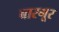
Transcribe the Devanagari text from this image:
बारगूर